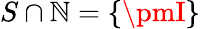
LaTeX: S\cap\mathbb{N}=\{ \pmI\}